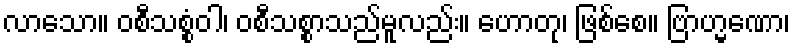
လာသော။ ဝစီသစ္စံဝါ၊ ဝစီသစ္စာသည်မူလည်း။ ဟောတု၊ ဖြစ်စေ။ ဗြာဟ္မဏော၊